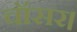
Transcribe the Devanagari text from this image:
चॉसर।